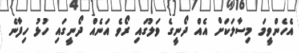
އެހެންވީމަ މިސާލަކަށް އެއް ދޯނީގެ ވަލުގައި ރޯވެ އަނެއް ދޯނީގައި ހުޅު ހިފާނެ